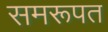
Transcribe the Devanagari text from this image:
समरूपत